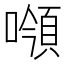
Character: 𩒻